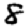
Digit: 8